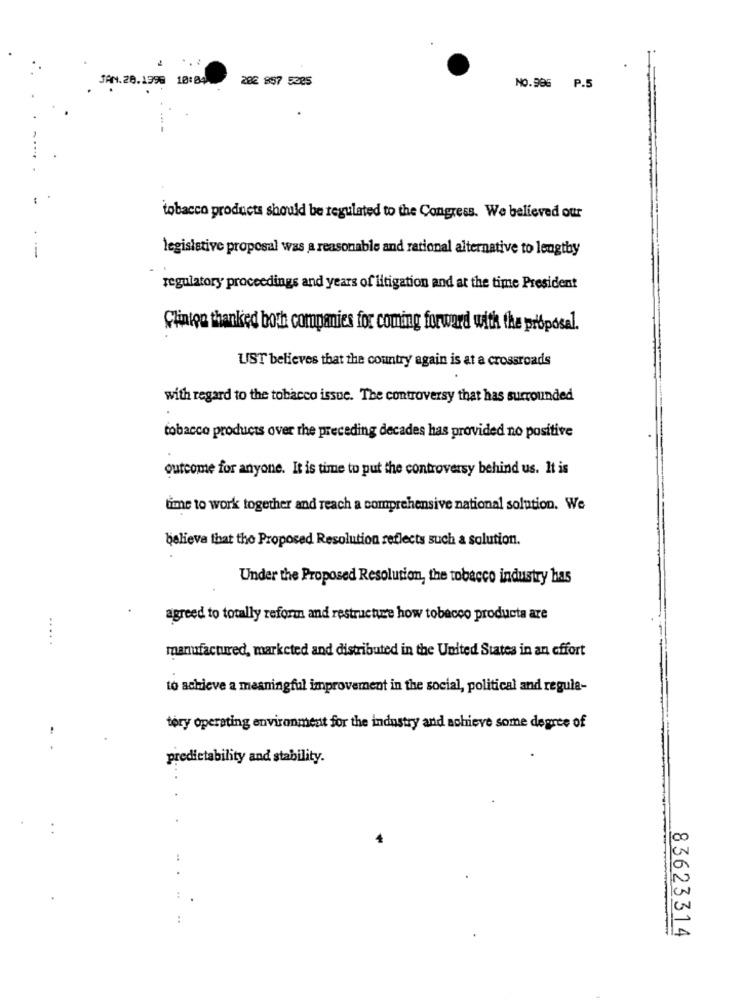
JAN. 28.1998 18:84
282 857 5385
NO.996 P.5
tobacco products should be regulated to the Congress. We believed our
legislative proposal was a reasonable and rational alternative to lengthy
-
regulatory proceedings and years of litigation and at the time President
Clinton thanked both companies for coming forward with the proposal.
UST believes that the country again is at a crossroads
with regard to the tobacco issue. The controversy that has surrounded
tobacco products over the preceding decades has provided no positive
outcome for anyone. It is time to put the controversy behind us. It is
ume to work together and reach a comprehensive national solution. We
believe that the Proposed Resolution reflects such a solution.
Under the Proposed Resolution, the tobacco industry has
agreed to totally reform and restructure how tobacco products are
manufactured, marketed and distributed in the United States in an effort
to achieve a meaningful improvement in the social, political and regula-
tory operating environment for the industry and achieve some degree of
predictability and stability.
:
83623314